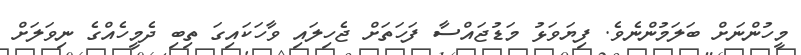
މީހުންނަށް ބަލަމުންނެވެ. ފިޔަވަޅު މަޑުޖައްސާ ފަހަތަށް ޖެހިލައި ވާހަކައިގަ ތިބި ދެމީހެއްގެ ނިވަލަށް